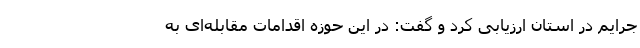
جرایم در استان ارزیابی کرد و گفت: در این حوزه اقدامات مقابله‌ای به